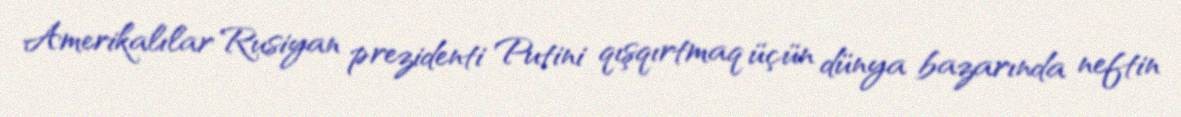
Amerikalılar Rusiyan prezidenti Putini qışqırtmaq üçün dünya bazarında neftin